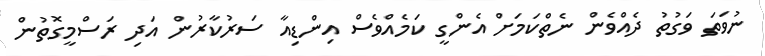
ނުވަތަ ވަގުތު ދެއްވެން ނެތްކަމަށް އެންގީ ކަމެއްވެސް އިންޑިއާ ސަރުކާރުން އަދި ރަސްމީގޮތުން